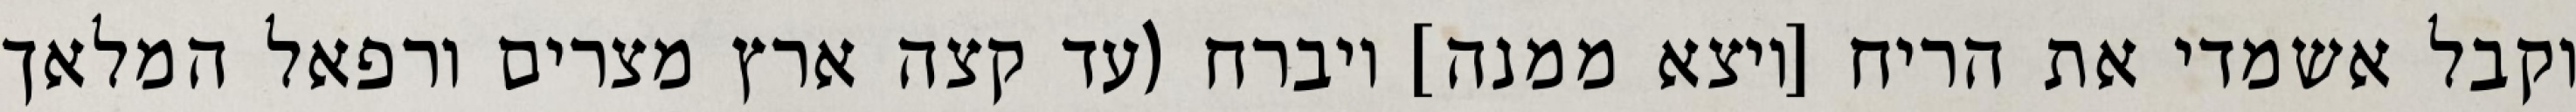
וקבל אשמדי את הריח [ויצא ממנה] ויברח (עד קצה ארץ מצרים ורפאל המלאך